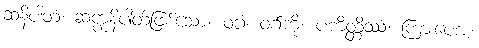
ဆနိပါတံ၊ ဆက္ကနိပါတ်ဖြစ်သော။ ဝဂ္ဂံ၊ ဝဂ်ကို။ ပကိတ္တိဿံ၊ ကြားပေအံ့။